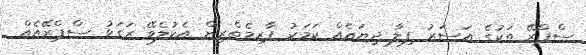
ސްޕްރޭ ތަކުގެ އަސަރު ފިލާ ދިޔައެއް ކަމަކު ޕާރމެތްރިން އެކުލެވޭ ރަގަޅު ސްޕްރޭއެއް